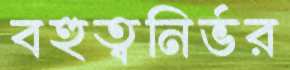
বহুত্বনির্ভর